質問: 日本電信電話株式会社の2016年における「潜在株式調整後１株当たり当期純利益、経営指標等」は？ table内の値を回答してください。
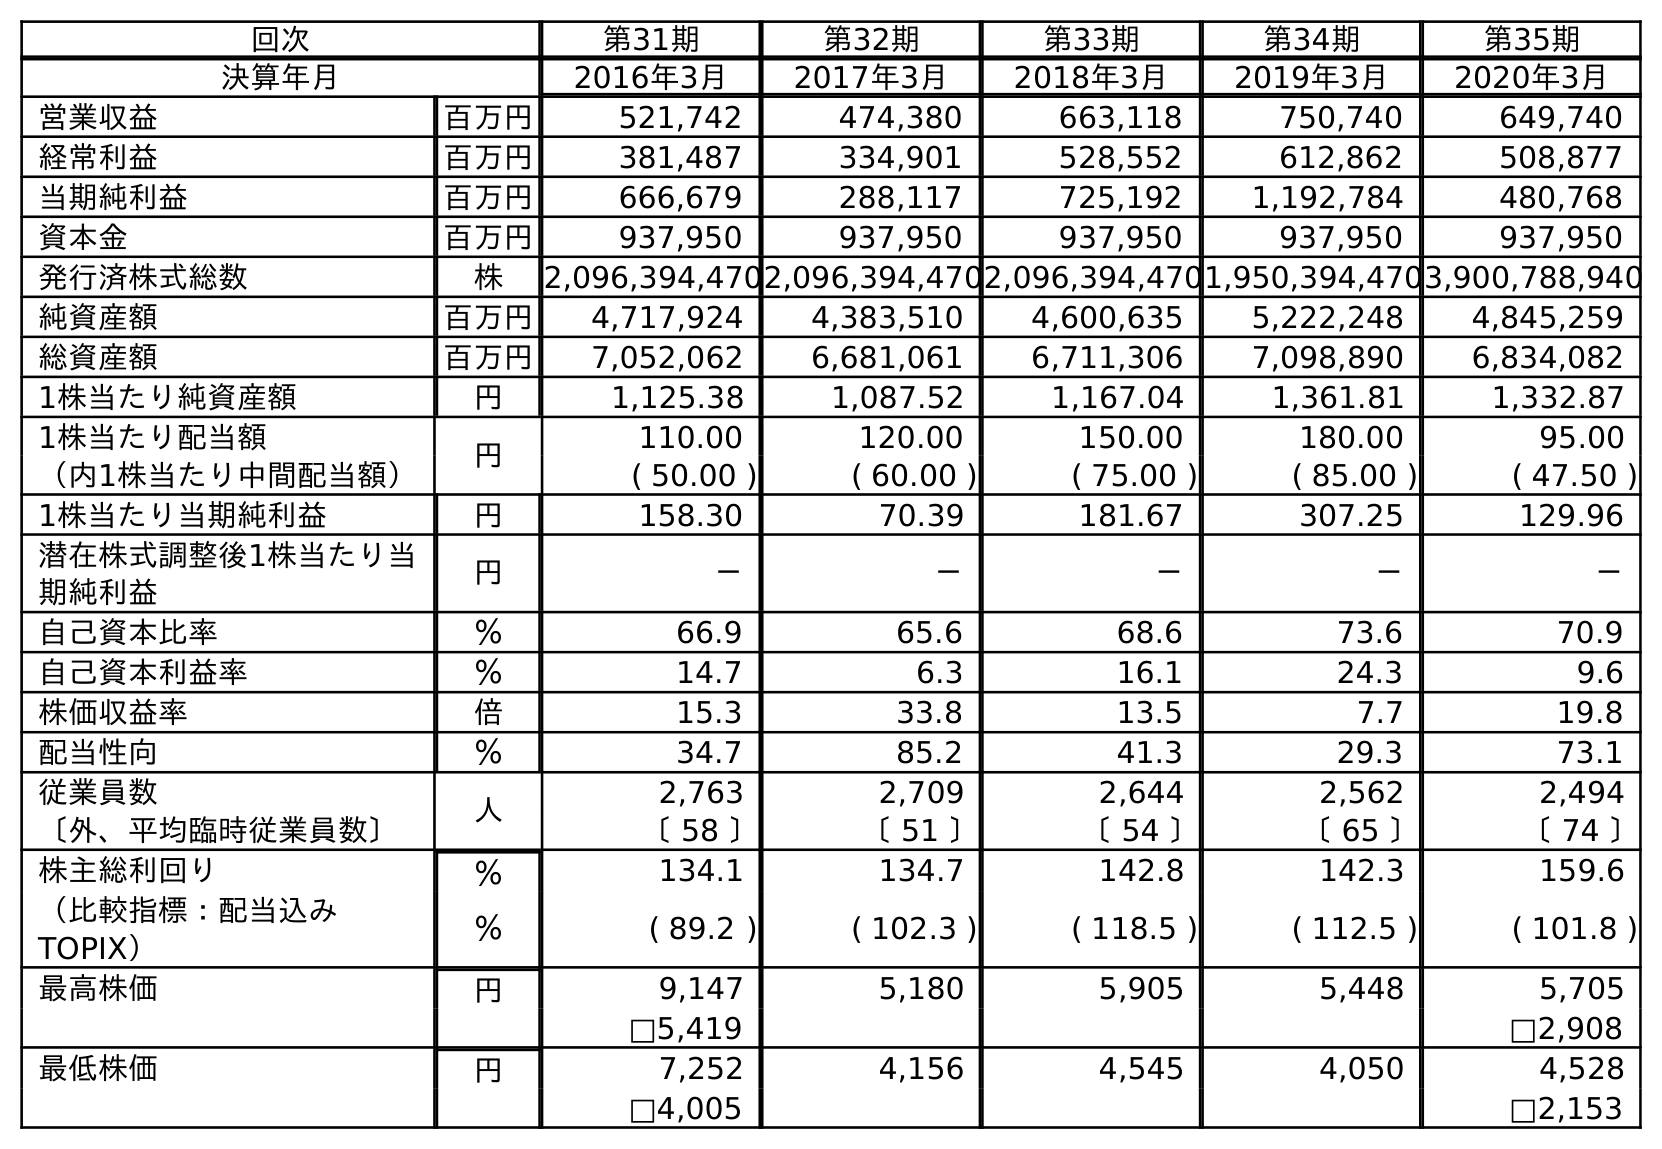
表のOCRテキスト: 回次 第31期 第32期 第33期 第34期 第35期 決算年月 2016年3月 2017年3月 2018年3月 2019年3月 2020年3月 営業収益 百万円 521,742 474,380 663,118 750,740 649,740 経常利益 百万円 381,487 334,901 528,552 612,862 508,877 当期純利益 百万円 666,679 288,117 725,192 1,192,784 480,768 資本金 百万円 937,950 937,950 937,950 937,950 937,950 発行済株式総数 株 2,096,394,4702,096,394,4702,096,394,4701,950,394,4703,900,788,940 純資産額 百万円 4,717,924 4,383,510 4,600,635 5,222,248 4,845,259 総資産額 百万円 7,052,062 6,681,061 6,711,306 7,098,890 6,834,082 1株当たり純資産額 円 1,125.38 1,087.52 1,167.04 1,361.81 1,332.87 1株当たり配当額 円 110.00 120.00 150.00 180.00 95.00 （内1株当たり中間配当額） ( 50.00 ) ( 60.00 ) ( 75.00 ) ( 85.00 ) ( 47.50 ) 1株当たり当期純利益 円 158.30 70.39 181.67 307.25 129.96 潜在株式調整後1株当たり当 期純利益 円 － － － － － 自己資本比率 ％ 66.9 65.6 68.6 73.6 70.9 自己資本利益率 ％ 14.7 6.3 16.1 24.3 9.6 株価収益率 倍 15.3 33.8 13.5 7.7 19.8 配当性向 ％ 34.7 85.2 41.3 29.3 73.1 従業員数 人 2,763 2,709 2,644 2,562 2,494 〔外、平均臨時従業員数〕 〔 58 〕 〔 51 〕 〔 54 〕 〔 65 〕 〔 74 〕 株主総利回り ％ 134.1 134.7 142.8 142.3 159.6 （比較指標：配当込み TOPIX） ％ ( 89.2 ) ( 102.3 ) ( 118.5 ) ( 112.5 ) ( 101.8 ) 最高株価 円 9,147 5,180 5,905 5,448 5,705 □5,419 □2,908 最低株価 円 7,252 4,156 4,545 4,050 4,528 □4,005 □2,153
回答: －